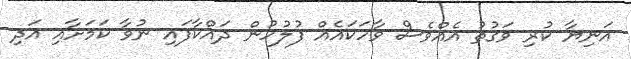
އަނިޔާ ކުރި ވަގުތު އެއްވެސް ވާހަކައެއް ފުލުހުން ދައްކާފައި ނުވާ ކަމަށާއި އަދި